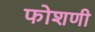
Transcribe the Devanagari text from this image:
फोशणी